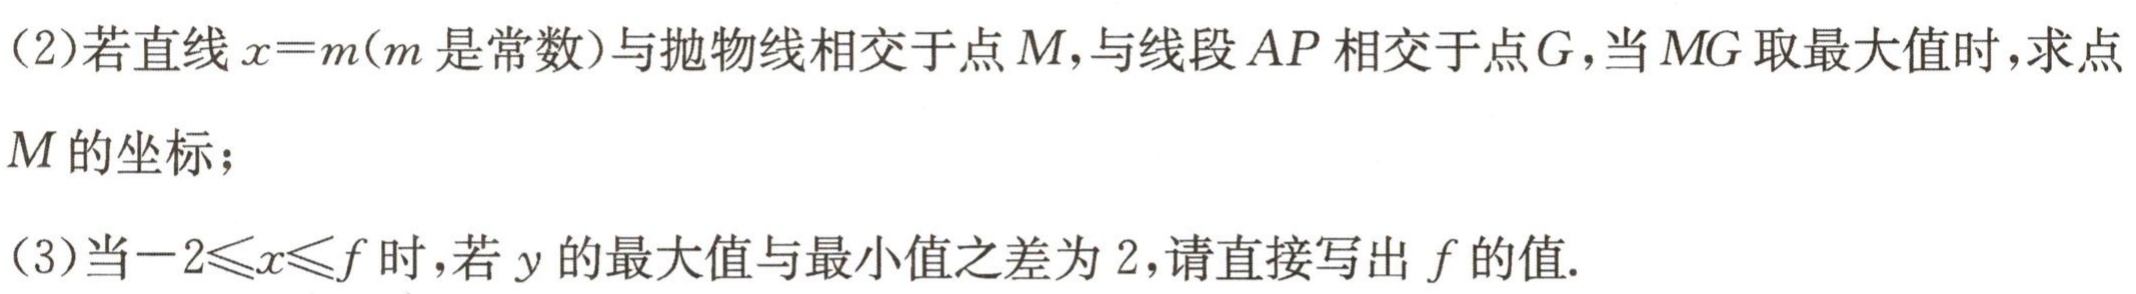
(2)若直线\(x = m\)（\(m\)是常数）与抛物线相交于点\(M\)，与线段\(AP\)相交于点\(G\)，当\(MG\)取最大值时，求点\(M\)的坐标；

(3)当\(-2\leqslant x\leqslant f\)时，若\(y\)的最大值与最小值之差为\(2\)，请直接写出\(f\)的值.